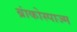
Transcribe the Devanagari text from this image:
ब्रांकोस्पाज्म